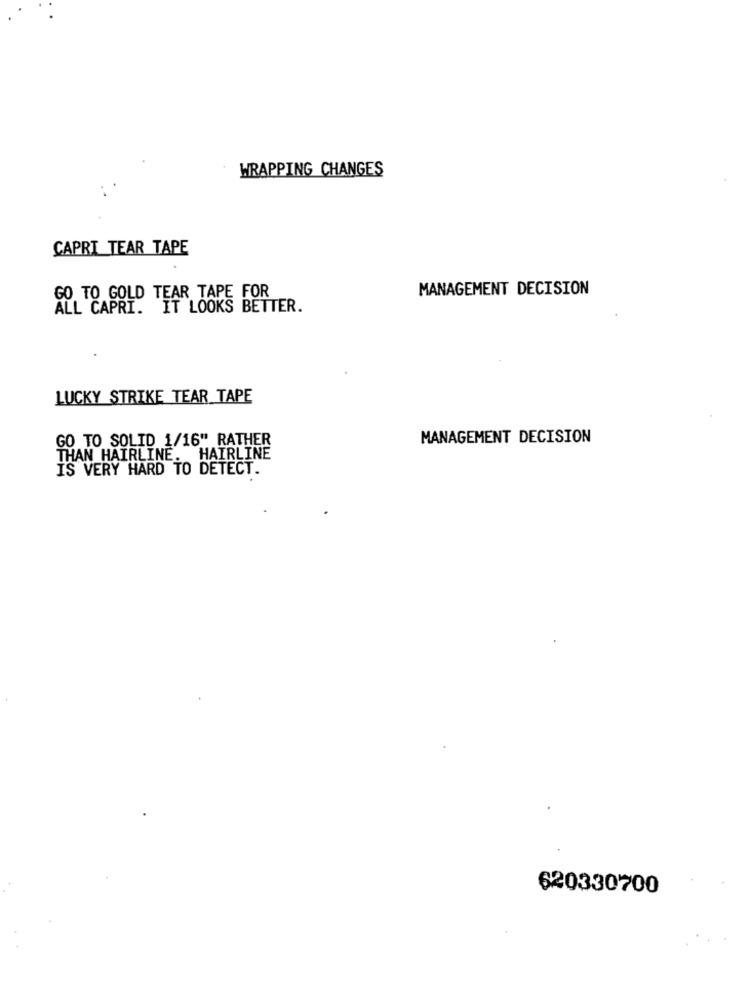
WRAPPING CHANGES
CAPRI TEAR TAPE
GO TO GOLD TEAR TAPE FOR
MANAGEMENT DECISION
ALL CAPRI. IT LOOKS BETTER.
LUCKY STRIKE TEAR TAPE
GO TO SOLID 1/16" RATHER
MANAGEMENT DECISION
THAN HAIRLINE. HAIRLINE
IS VERY HARD TO DETECT.
620330700